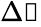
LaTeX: \Delta\boldsymbol{\mathscr{B}}